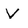
Character: V